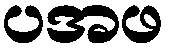
ပအဖ